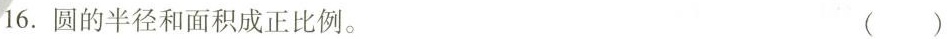
16.圆的半径和面积成正比例。 ()